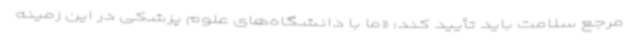
مرجع سلامت باید تأیید کند: «ما با دانشگاه‌های علوم پزشکی در این زمینه